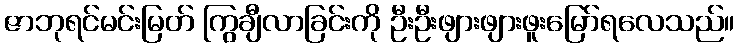
ဇာဘုရင်မင်းမြတ် ကြွချီလာခြင်းကို ဦးဦးဖျားဖျားဖူးမြော်ရလေသည်။